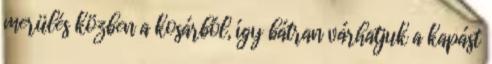
merülés közben a kosárból, így bátran várhatjuk a kapást